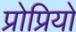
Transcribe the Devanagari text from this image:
प्रोप्रियो